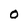
Character: O